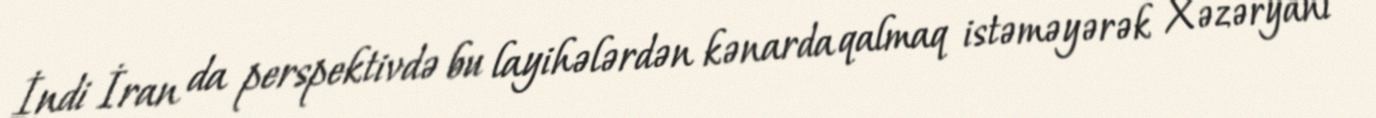
İndi İran da perspektivdə bu layihələrdən kənarda qalmaq istəməyərək Xəzəryanı